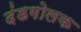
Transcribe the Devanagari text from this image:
दंडगोलक